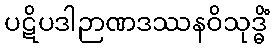
ပဋိပဒါဉာဏဒဿနဝိသုဒ္ဓိံ